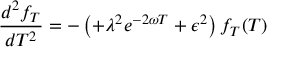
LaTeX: \frac { d ^ { 2 } f _ { T } } { d T ^ { 2 } } = - \left( + \lambda ^ { 2 } e ^ { - 2 \omega T } + \epsilon ^ { 2 } \right) f _ { T } ( T )